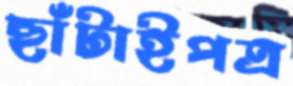
ছাঁটাইপত্র